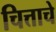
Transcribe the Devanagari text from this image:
चित्ताचे